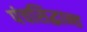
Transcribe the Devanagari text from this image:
पंचसिद्धान्त